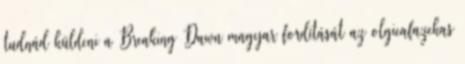
tudnád küldeni a Breaking Dawn magyar fordítását az olgicafazekas